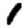
Digit: 1